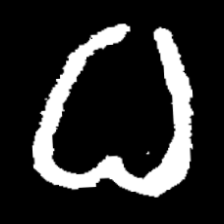
Pyu character \u2014 Myanmar letter: ဓ (romanized: dha)